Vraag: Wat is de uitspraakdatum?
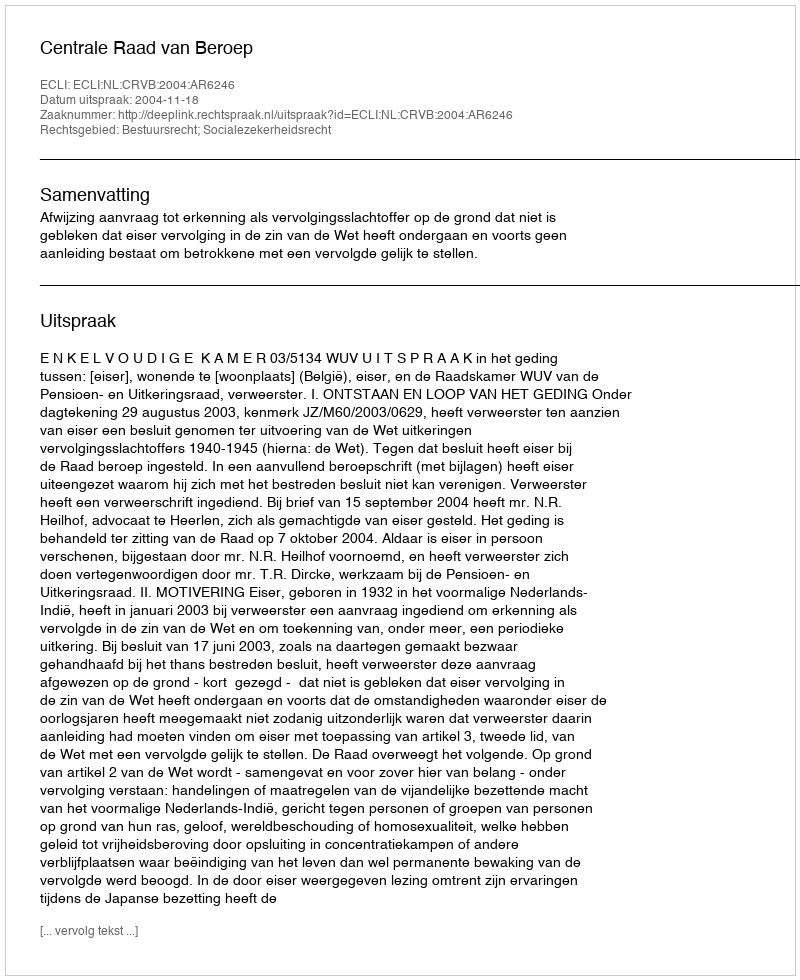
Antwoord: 2004-11-18